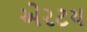
એરટચ